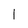
Character: l